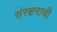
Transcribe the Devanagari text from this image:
संरक्षनाची